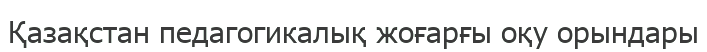
Қазақстан педагогикалық жоғарғы оқу орындары